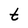
Character: t